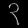
Digit: ၃